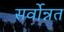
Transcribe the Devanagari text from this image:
सर्वोन्नत